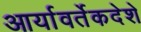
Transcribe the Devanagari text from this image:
आर्यावर्तेकदेशे